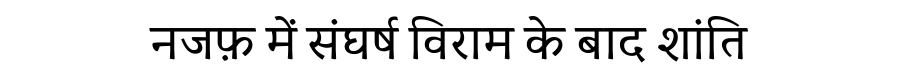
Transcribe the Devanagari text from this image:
नजफ़ में संघर्ष विराम के बाद शांति